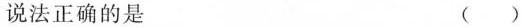
说法正确的是 ()